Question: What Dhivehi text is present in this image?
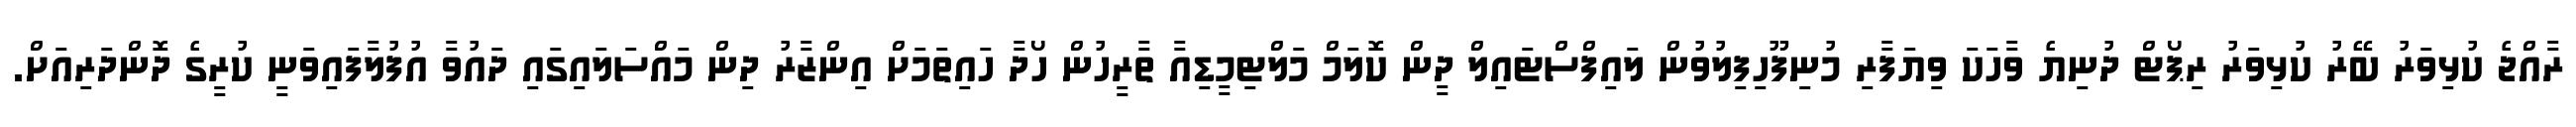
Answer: ރާއްޖެ ކުޅިވަރު ބޭރު ކުޅިވަރު ރިޕޯޓް ދުނިޔެ ވާހަކަ ވިޔަފާރި މުނިފޫހިފިލުވުން ލައިފްސްޓައިލް ދީން ކޮލަމް މަލްޓިމީޑިއާ ތާރީހުން ހޯދާ ހައިތަމަށް އިންޒާރު ދިން މައްސަލައިގައި ދައުވާ އުފުލާފައިވަނީ ކުރީގެ ދޮންދަރިއަށް.